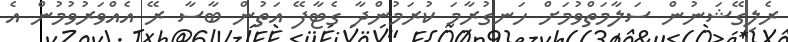
ރެލިގޭޝަނުން ސަލާމަތްވުމަށް ހަނގުރާމަ ކުރަމުންދާ ގެޓާފޭ އަތުން ބާސާ ރޭ އެއްވަރުވުމުން އެ